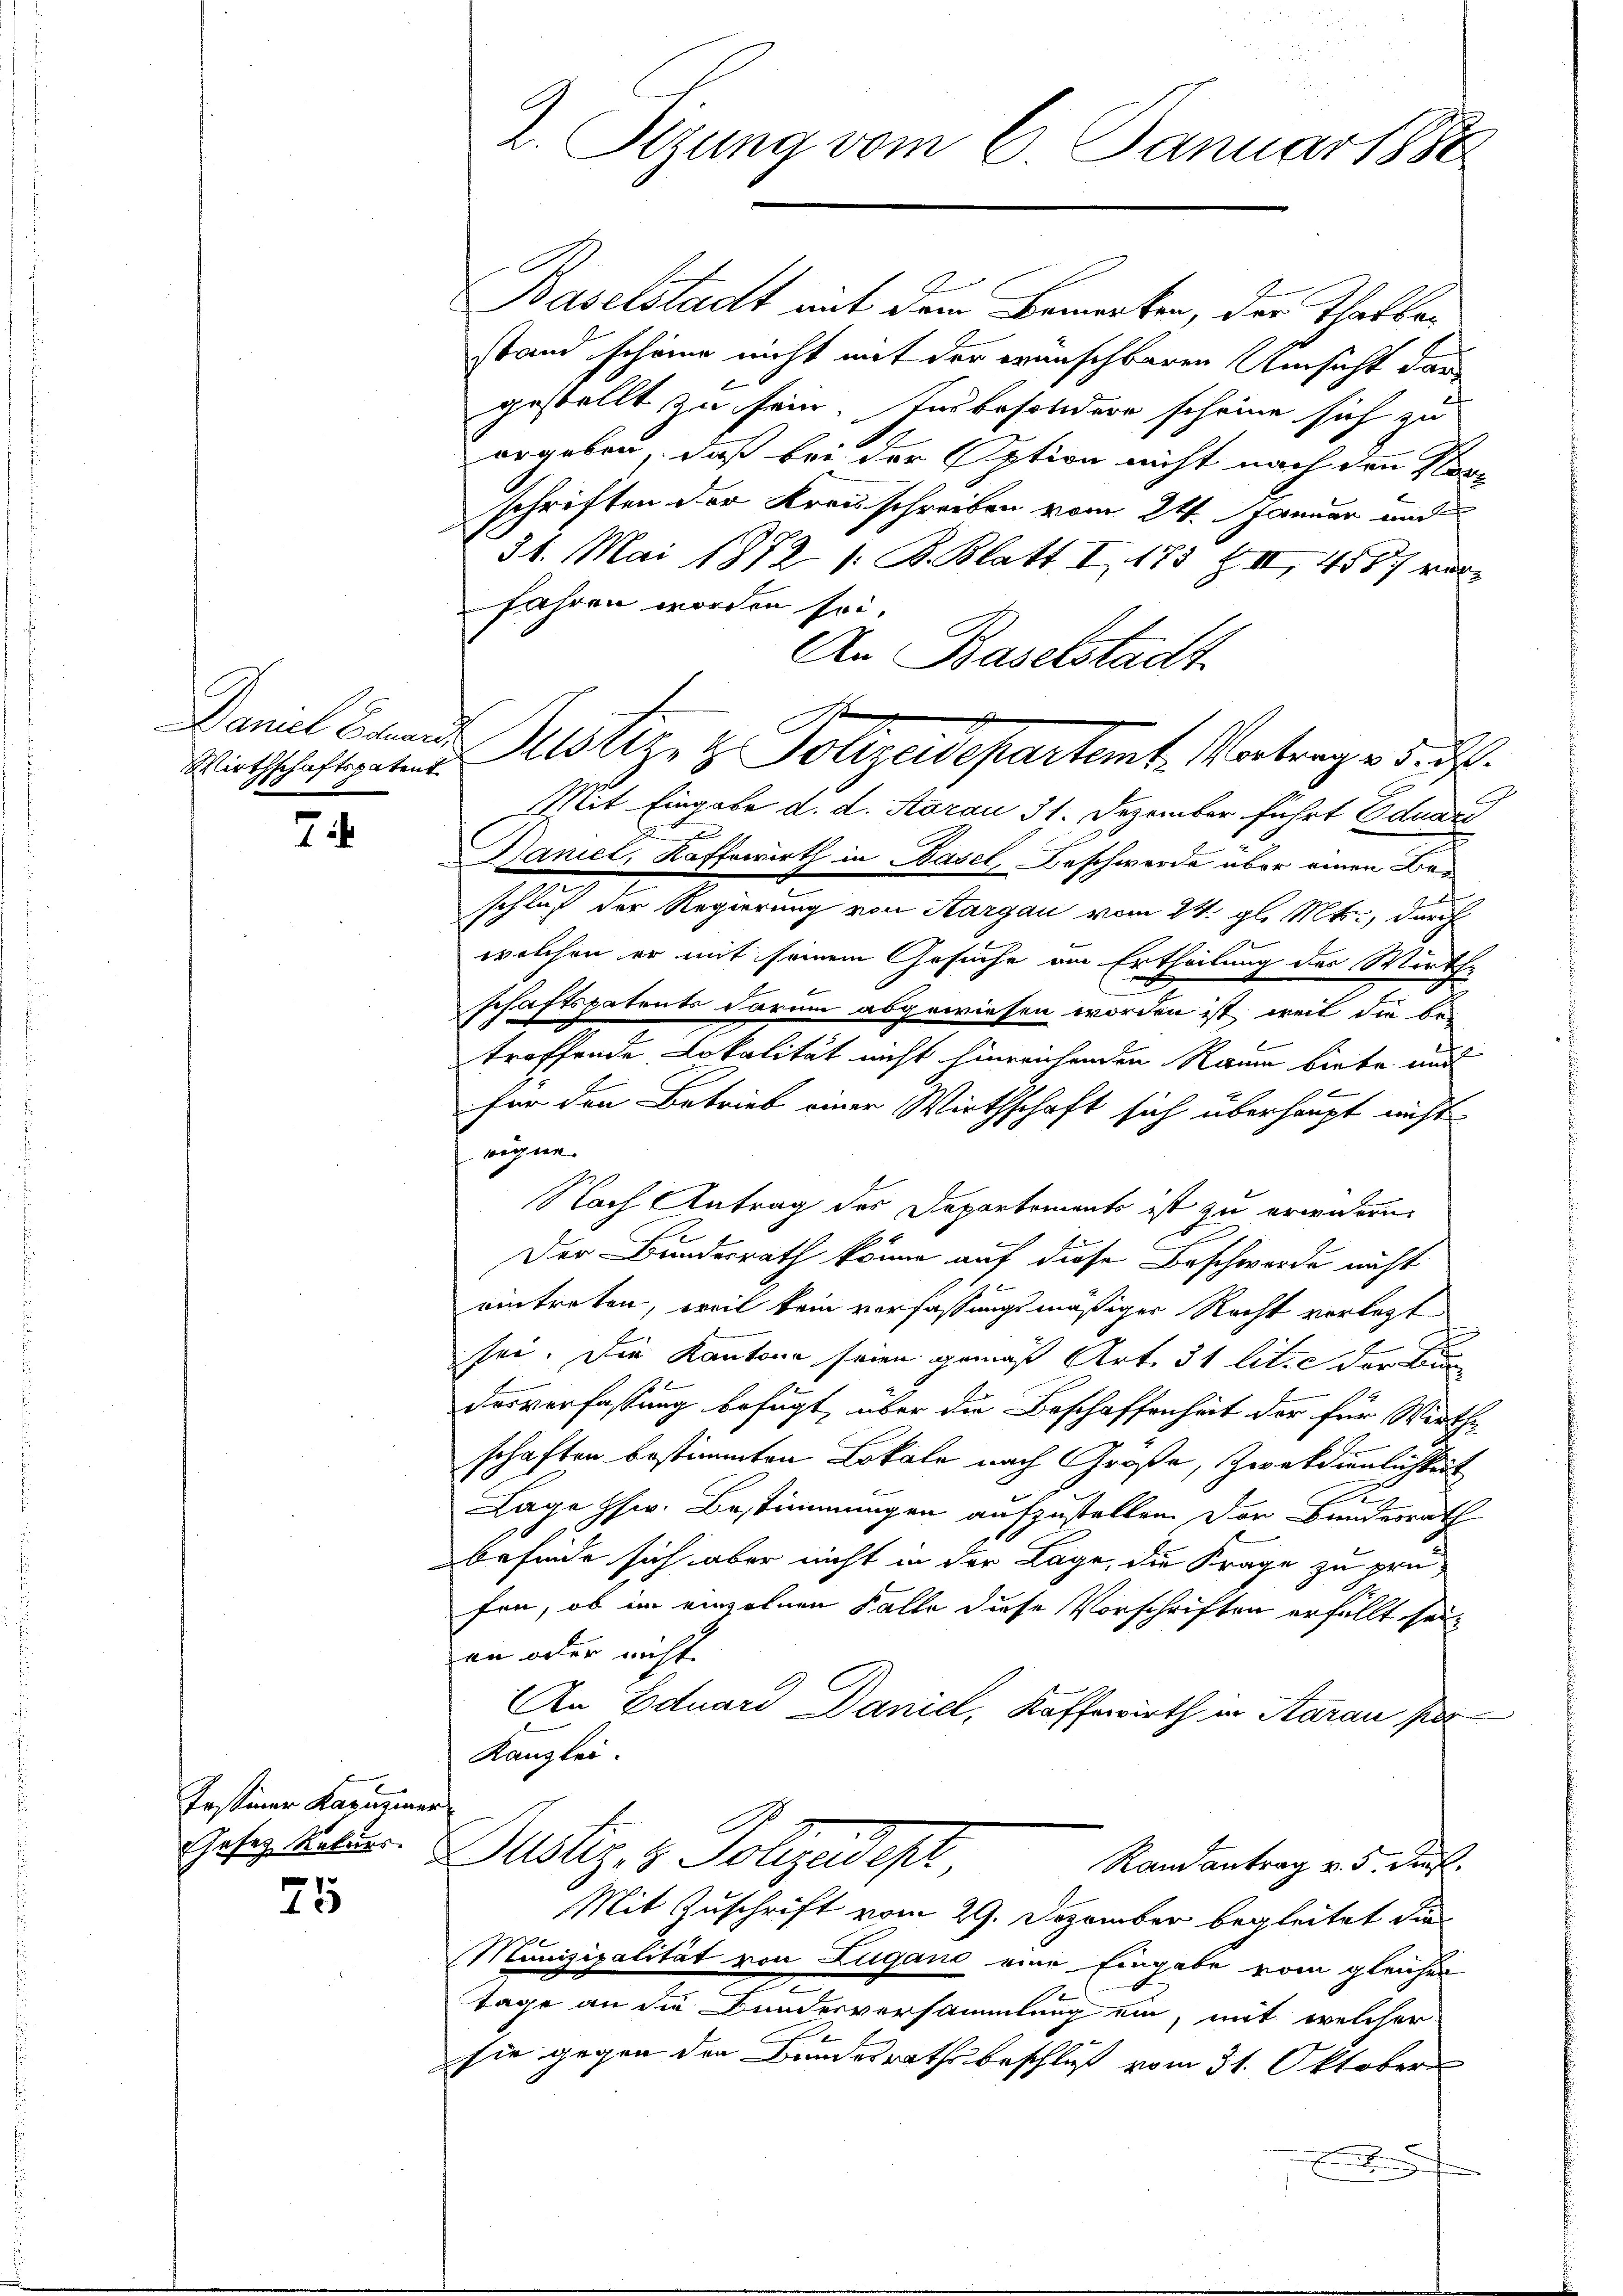
Wirthschaftspatent

7

Testiner Kapuziner

25

2. Sizung vom 6. Januar 1888

Baselstadt mit dem Bemerken, der Thatbestand scheine nicht mit der wünschbaren Umsicht dar
gestellt zu sein. Insbesoldere scheine sich zu
ergeben, daß bei der Option nicht nach den Verschriften der Kreisschreiben vom 24. Januar und
31. Mai 1872 s. B. Blatt I 175 Z III 4587 vorfahren worden sei.
An Baselstadt
Mit Eingabe d. d. Aarau 31. Dezember führt Eduari
Daniel, Kaffewirth in Basel, Beschwerde über einen Beschluß der Regierung von Aargau vom 24. gl. Mts., durch
welchen er mit seinem Gesuche am Ertheilung des Wirthe
schaftspatents darum abgewiesen worden ist, weil die be-
troffende Lokalität nicht hinreichenden Raum biete und
für den Betrieb einer Wirthschaft sich überhaupt nicht
freigne.
Nach Antrag des Departements ist zu erwideren
Der Bundesrath könne auf diese Beschwerde nicht
eintreten, weil kein verfassungsmäßiger Recht verlegt
sei. Die Kantone seien gemäß Art. 31 lit. c der Bun
desverfassung befugt, über die Beschaffenheit der für Wirthe
schaften bestimmten Lokale nach Große, Zweckdienlichkeit
R
Lage phw. Bestimmungen aufzustellen. Der Bundesrath
befinde sich aber nicht in der Lage, die Frage zu prüfen, ob im einzelnen Falle diese Vorschriften erfällt sei,
an oder nicht
An Eduard Daniel, Kaffewirth in Aarau per
Kanzlei.
gesezten Justiz & Polizeidept,
Randantrag v. 5. dieß.
Mit Zuschrift vom 29. Dezember begleitet die
Munizipalität von Lugano eine Eingabe vom gleicher
Tage an die Bundesversammlung ein, mit welcher
sie gegen den Bundesrathsbeschluß vom 31. Oktober
.

1t
d
Daniel Eduard Justiz & Polizeidepartemt. Vortrag v. 5. d.